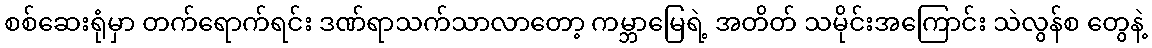
စစ်ဆေးရုံမှာ တက်ရောက်ရင်း ဒဏ်ရာသက်သာလာတော့ ကမ္ဘာမြေရဲ့ အတိတ် သမိုင်းအကြောင်း သဲလွန်စ တွေနဲ့